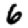
Digit: 6